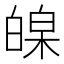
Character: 𤾏